Punjab Mental Hospital Lahore 1922-31 - 1922-1931
Year: 1922
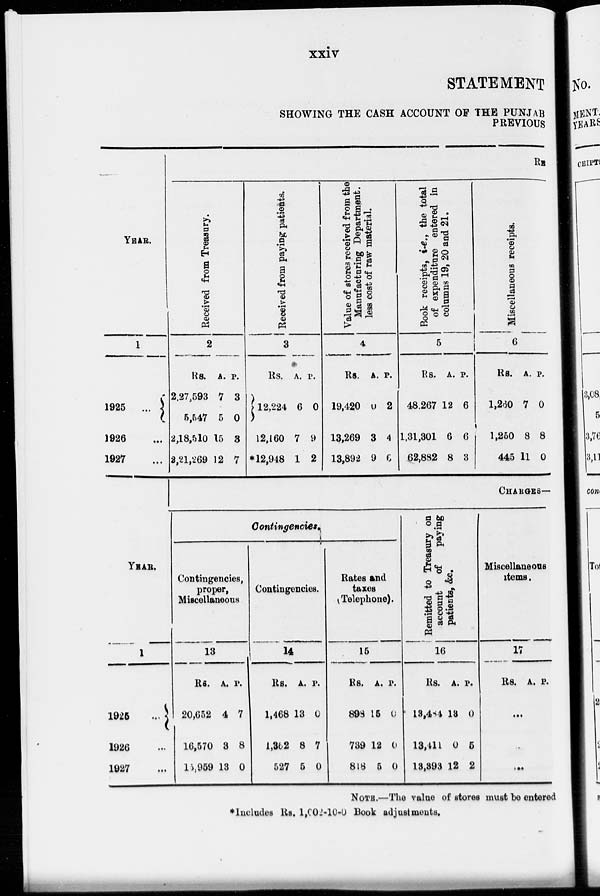
xxiv
STATEMENT
SHOWING THE CASH ACCOUNT OF THE PUNJAB
PREVIOUS
YEAR.
1
1925 ...
1926 ...
1927 ....
YEAR.
1
1925
...
1926 ...
1927 ...
RE
Received from Treasury.
2
Rs.
2,27,593
5,547
2,18,510
2,21,269
A.
7
5
15
2
P.
3
0
3
7
Received from paying patients.
3
Rs.
12,224
12,160
*12,948
A.
6
7
1
P.
0
9
2
Value of stores received from the
Manufacturing Department.
less cost of raw material.
4
Rs.
19,420
13,269
13,892
A.
0
3
9
P.
2
4
6
Book receipts, i.e., the total
of expenditure entered in
columns 19, 20 and 21.
5
Rs.
48,267
1,31,301
62,882
A.
12
6
8
P.
6
6
3
Miscellaneous receipts.
6
Rs.
1,260
1,250
445
A.
7
8
11
P.
0
8
0
CHARGES—
Contingencies.
Contingencies,
proper,
Miscellaneous
13
Rs.
20,652
16,570
15,959
A.
4
3
13
P.
7
8
0
Contingencies.
14
Rs.
1,468
1,362
527
A.
13
8
5
P.
0
7
0
Rates and
taxes
(Telephone).
15
Rs.
898
739
818
A.
15
12
5
P.
0
0
0
Remitted to Tre
of paying patie
16
Rs.
13,484
13,411
13,393
A.
13
0
12
P.
0
5
2
Miscellaneous
items.
17
Rs. A. P.
...
...
...
NOTE.—The value of stores must be entered
*Includes Rs. 1,002-10-0 Book adjustments.